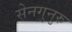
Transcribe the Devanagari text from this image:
सेनगुनुरु